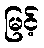
မြင့်